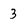
Character: 3